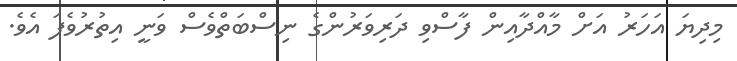
މިދިޔަ އަހަރު އަށް މާއްދާއިން ފާސްވި ދަރިވަރުންގެ ނިސްބަތްވެސް ވަނީ އިތުރުވެފަ އެވެ.